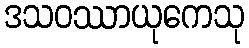
ဒသဝဿာယုကေသု